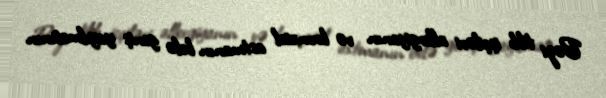
Bəzi tibb işçiləri allergiyanın və bronxial astmanın belə geniş yayılmasının